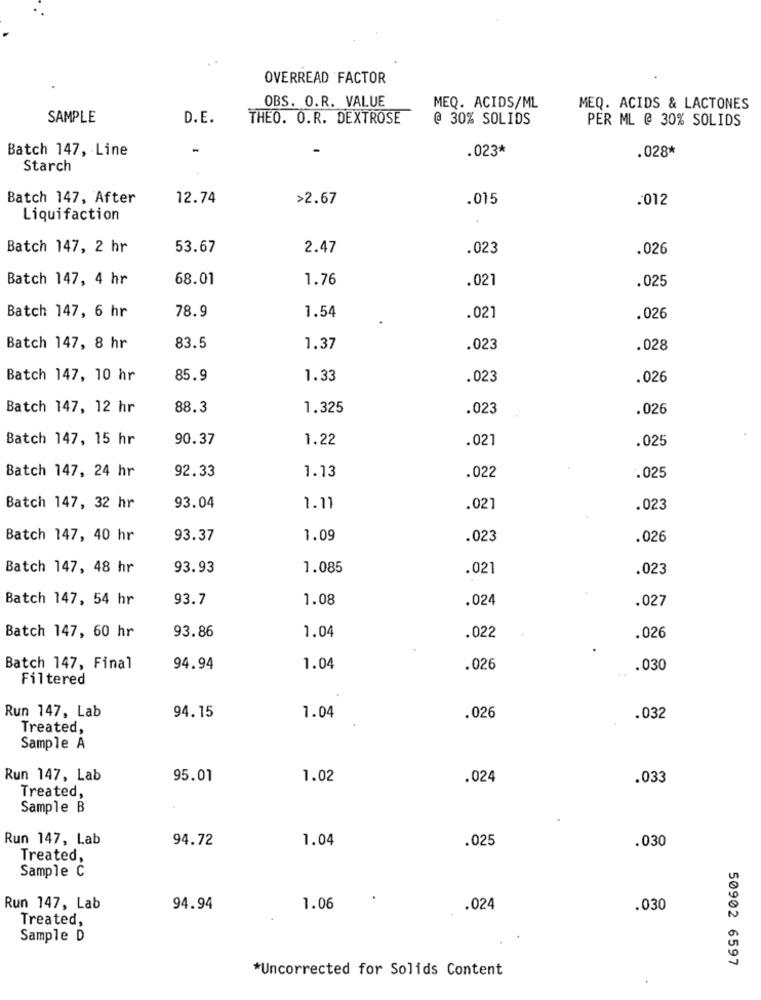
OVERREAD FACTOR
OBS. O.R. VALUE
MEQ. ACIDS/ML
MEQ. ACIDS & LACTONES
SAMPLE
D.E.
THEO. O.R. DEXTROSE
@ 30% SOLIDS
PER ML @ 30% SOLIDS
Batch 147, Line
.023*
.028*
Starch
Batch 147, After
12.74
>2.67
.015
.012
Liquifaction
Batch 147, 2 hr
53.67
2.47
.023
.026
Batch 147, 4 hr
68.01
1.76
.021
.025
78.9
Batch 147, 6 hr
1.54
.021
.026
Batch 147, 8 hr
83.5
1.37
.023
.028
Batch 147, 10 hr
85.9
1.33
.023
.026
Batch 147, 12 hr
88.3
1.325
.023
.026
Batch 147, 15 hr
90.37
1.22
.021
.025
Batch 147, 24 hr
92.33
1.13
.022
.025
Batch 147, 32 hr
93.04
1.11
.021
.023
Batch 147, 40 hr
93.37
1.09
.023
.026
Batch 147, 48 hr
93.93
1.085
.021
.023
Batch 147, 54 hr
93.7
1.08
.024
.027
Batch 147, 60 hr
93.86
1.04
.022
.026
Batch 147, Final
94.94
1.04
.026
.030
Filtered
Run 147, Lab
94.15
1.04
.026
.032
Treated,
Sample A
Run 147, Lab
95.01
1.02
.024
.033
Treated,
Sample B
Run 147, Lab
94.72
1.04
.025
.030
Treated,
Sample Č
Run 147, Lab
94.94
1.06
.024
.030
Treated,
Sample D
50902 6597
*Uncorrected for Solids Content